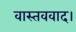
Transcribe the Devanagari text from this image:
वास्तववाद।